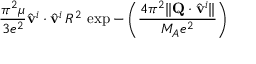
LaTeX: \frac { \pi ^ { 2 } \mu } { 3 e ^ { 2 } } \hat { \bf v } ^ { i } \cdot \hat { \bf v } ^ { i } \, R ^ { 2 } \, \exp - \left( \frac { 4 \pi ^ { 2 } \| { \bf Q } \cdot \hat { \bf v } ^ { i } \| } { M _ { A } e ^ { 2 } } \right)